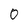
Character: 0